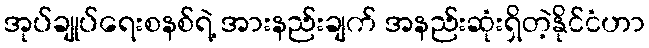
အုပ်ချုပ်ရေးစနစ်ရဲ့ အားနည်းချက် အနည်းဆုံးရှိတဲ့နိုင်ငံဟာ